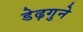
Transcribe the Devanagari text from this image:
डेढ़गुने